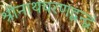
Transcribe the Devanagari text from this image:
श्रीनाथचरणद्वन्द्वं